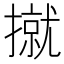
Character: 㩆